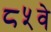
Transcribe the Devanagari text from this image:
८५वे